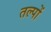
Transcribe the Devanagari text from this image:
तल्पों